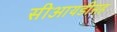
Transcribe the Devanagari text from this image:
सीआयडीसह